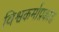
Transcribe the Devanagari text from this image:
विश्वकर्माप्रकाश